Madras plague regulations in force outside the Presidency town - Volume 2
Disease focus: Plague
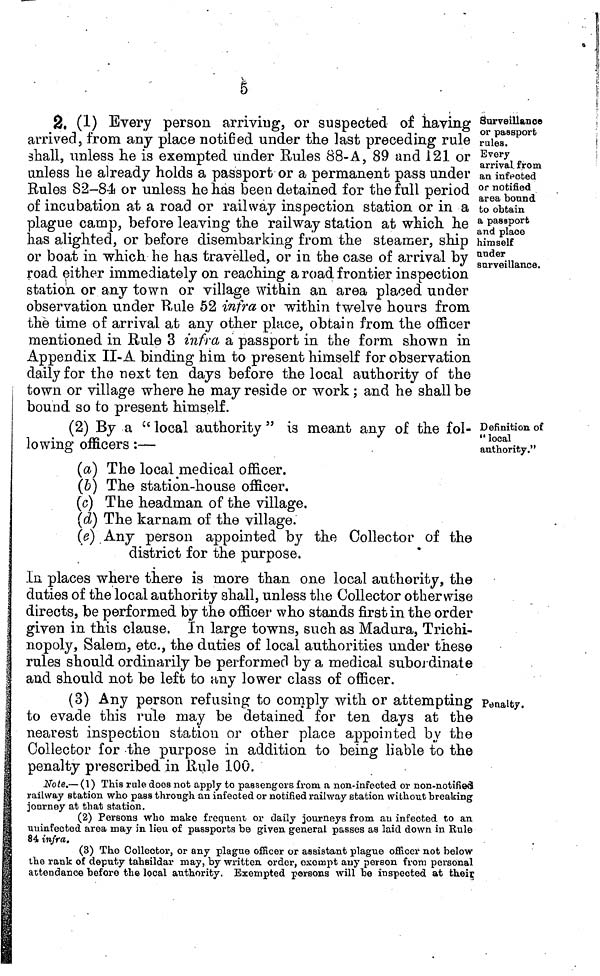
5
Surveillance
or passport
rules.
Every
arrival from
an infected
or notified
area bonnd
fco obtain
a passport
and place
himself
ander
surveillance.
2. (1) Every person arriving, or suspected of having
arrived, from any place notified under the ]ast preceding rule
shall, unless he is exempted under Eules 88-A, 89 and 121 or
unless he already holds a passport or a permanent pass under
Rules 82-84 or unless he has been detained for the full period
of incubation at a road or railway inspection station or in a
plague camp, before leaving the railway station at which he
has alighted, or before disembarking from the steamer, ship
or boat in which he has travelled, or in the case of arrival by
road either immediately on reaching a road frontier inspection
station or any town or village within an area placed under
observation under Rule 52 infra or within twelve hours from
the time of arrival at any other place, obtain from the officer
mentioned in Rule 3 infra a passport in the form shown in
Appendix II-A binding him to present himself for observation
daily for the next ten days before the local authority of the
town or village where he may reside or work ; and he shall be
bound so to present himself.
Definition of
" local
authority."
(2) By a " local authority " is meant any of the fol-
lowing officers :—
(a) The local medical officer.
(b) The station-house officer.
(c) The headman of the village.
(d) The karnam of the village.
(e) Any person appointed by the Collector of the
district for the purpose.
In places where there is more than one local authority, the
duties of the local authority shall, unless the Collector otherwise
directs, be performed by the officer who stands first in the order
given in this clause. In large towns, such as Madura, Trichi-
nopoly, Salem, etc., the duties of local authorities under these
rules should ordinarily be performed by a medical subordinate
and should not be left to any lower class of officer.
Penalty.
(3) Any person refusing to comply with or attempting
to evade this rule may be detained for ten days at the
nearest inspection station or other place appointed by the
Collector for -the purpose in addition to being liable to the
penalty prescribed in Rule 100.
Note.— (1 ) This rule does not apply to passengers from a non-infected or non-notifiea
railway station who pass through an infected or notified railway station without breaking
journey at that station.
(2) Persons who make frequent/ or daily journeys from an infected to an
uuinfected area may in lieu of passports be given general passes as laid down in Rule
84 infra.
(3) The Collector, or any plague officer or assistant plague officer not below
the rank of deputy tahsildar may, by written order, exempt auy person from personal
attendance before the local authority. Exempted persons will be inspected at theiç